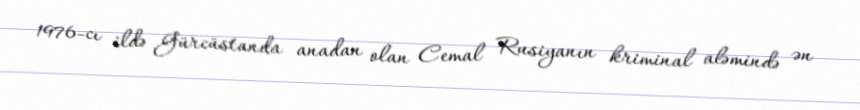
1976-cı ildə Gürcüstanda anadan olan Cemal Rusiyanın kriminal aləmində ən